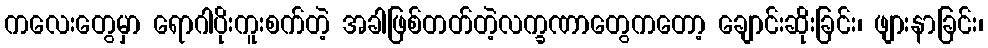
ကလေးတွေမှာ ရောဂါပိုးကူးစက်တဲ့ အခါဖြစ်တတ်တဲ့လက္ခဏာတွေကတော့ ချောင်းဆိုးခြင်း၊ ဖျားနာခြင်း၊